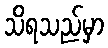
သိရသည်မှာ